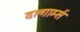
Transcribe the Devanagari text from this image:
दल्गार्म्स